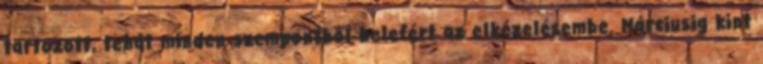
tartozott, tehát minden szempontból belefért az elkézelésembe. Márciusig kint